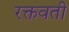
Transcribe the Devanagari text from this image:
रक्तवती